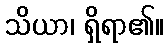
သိယာ၊ ရှိရာ၏။